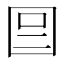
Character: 𡇉